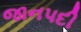
જાનપદી